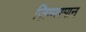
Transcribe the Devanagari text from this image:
ज़िम्मरमान